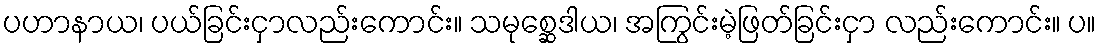
ပဟာနာယ၊ ပယ်ခြင်းငှာလည်းကောင်း။ သမုစ္ဆေဒါယ၊ အကြွင်းမဲ့ဖြတ်ခြင်းငှာ လည်းကောင်း။ ပ။